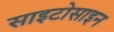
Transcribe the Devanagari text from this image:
साइटोसाइन